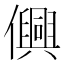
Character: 𫤂